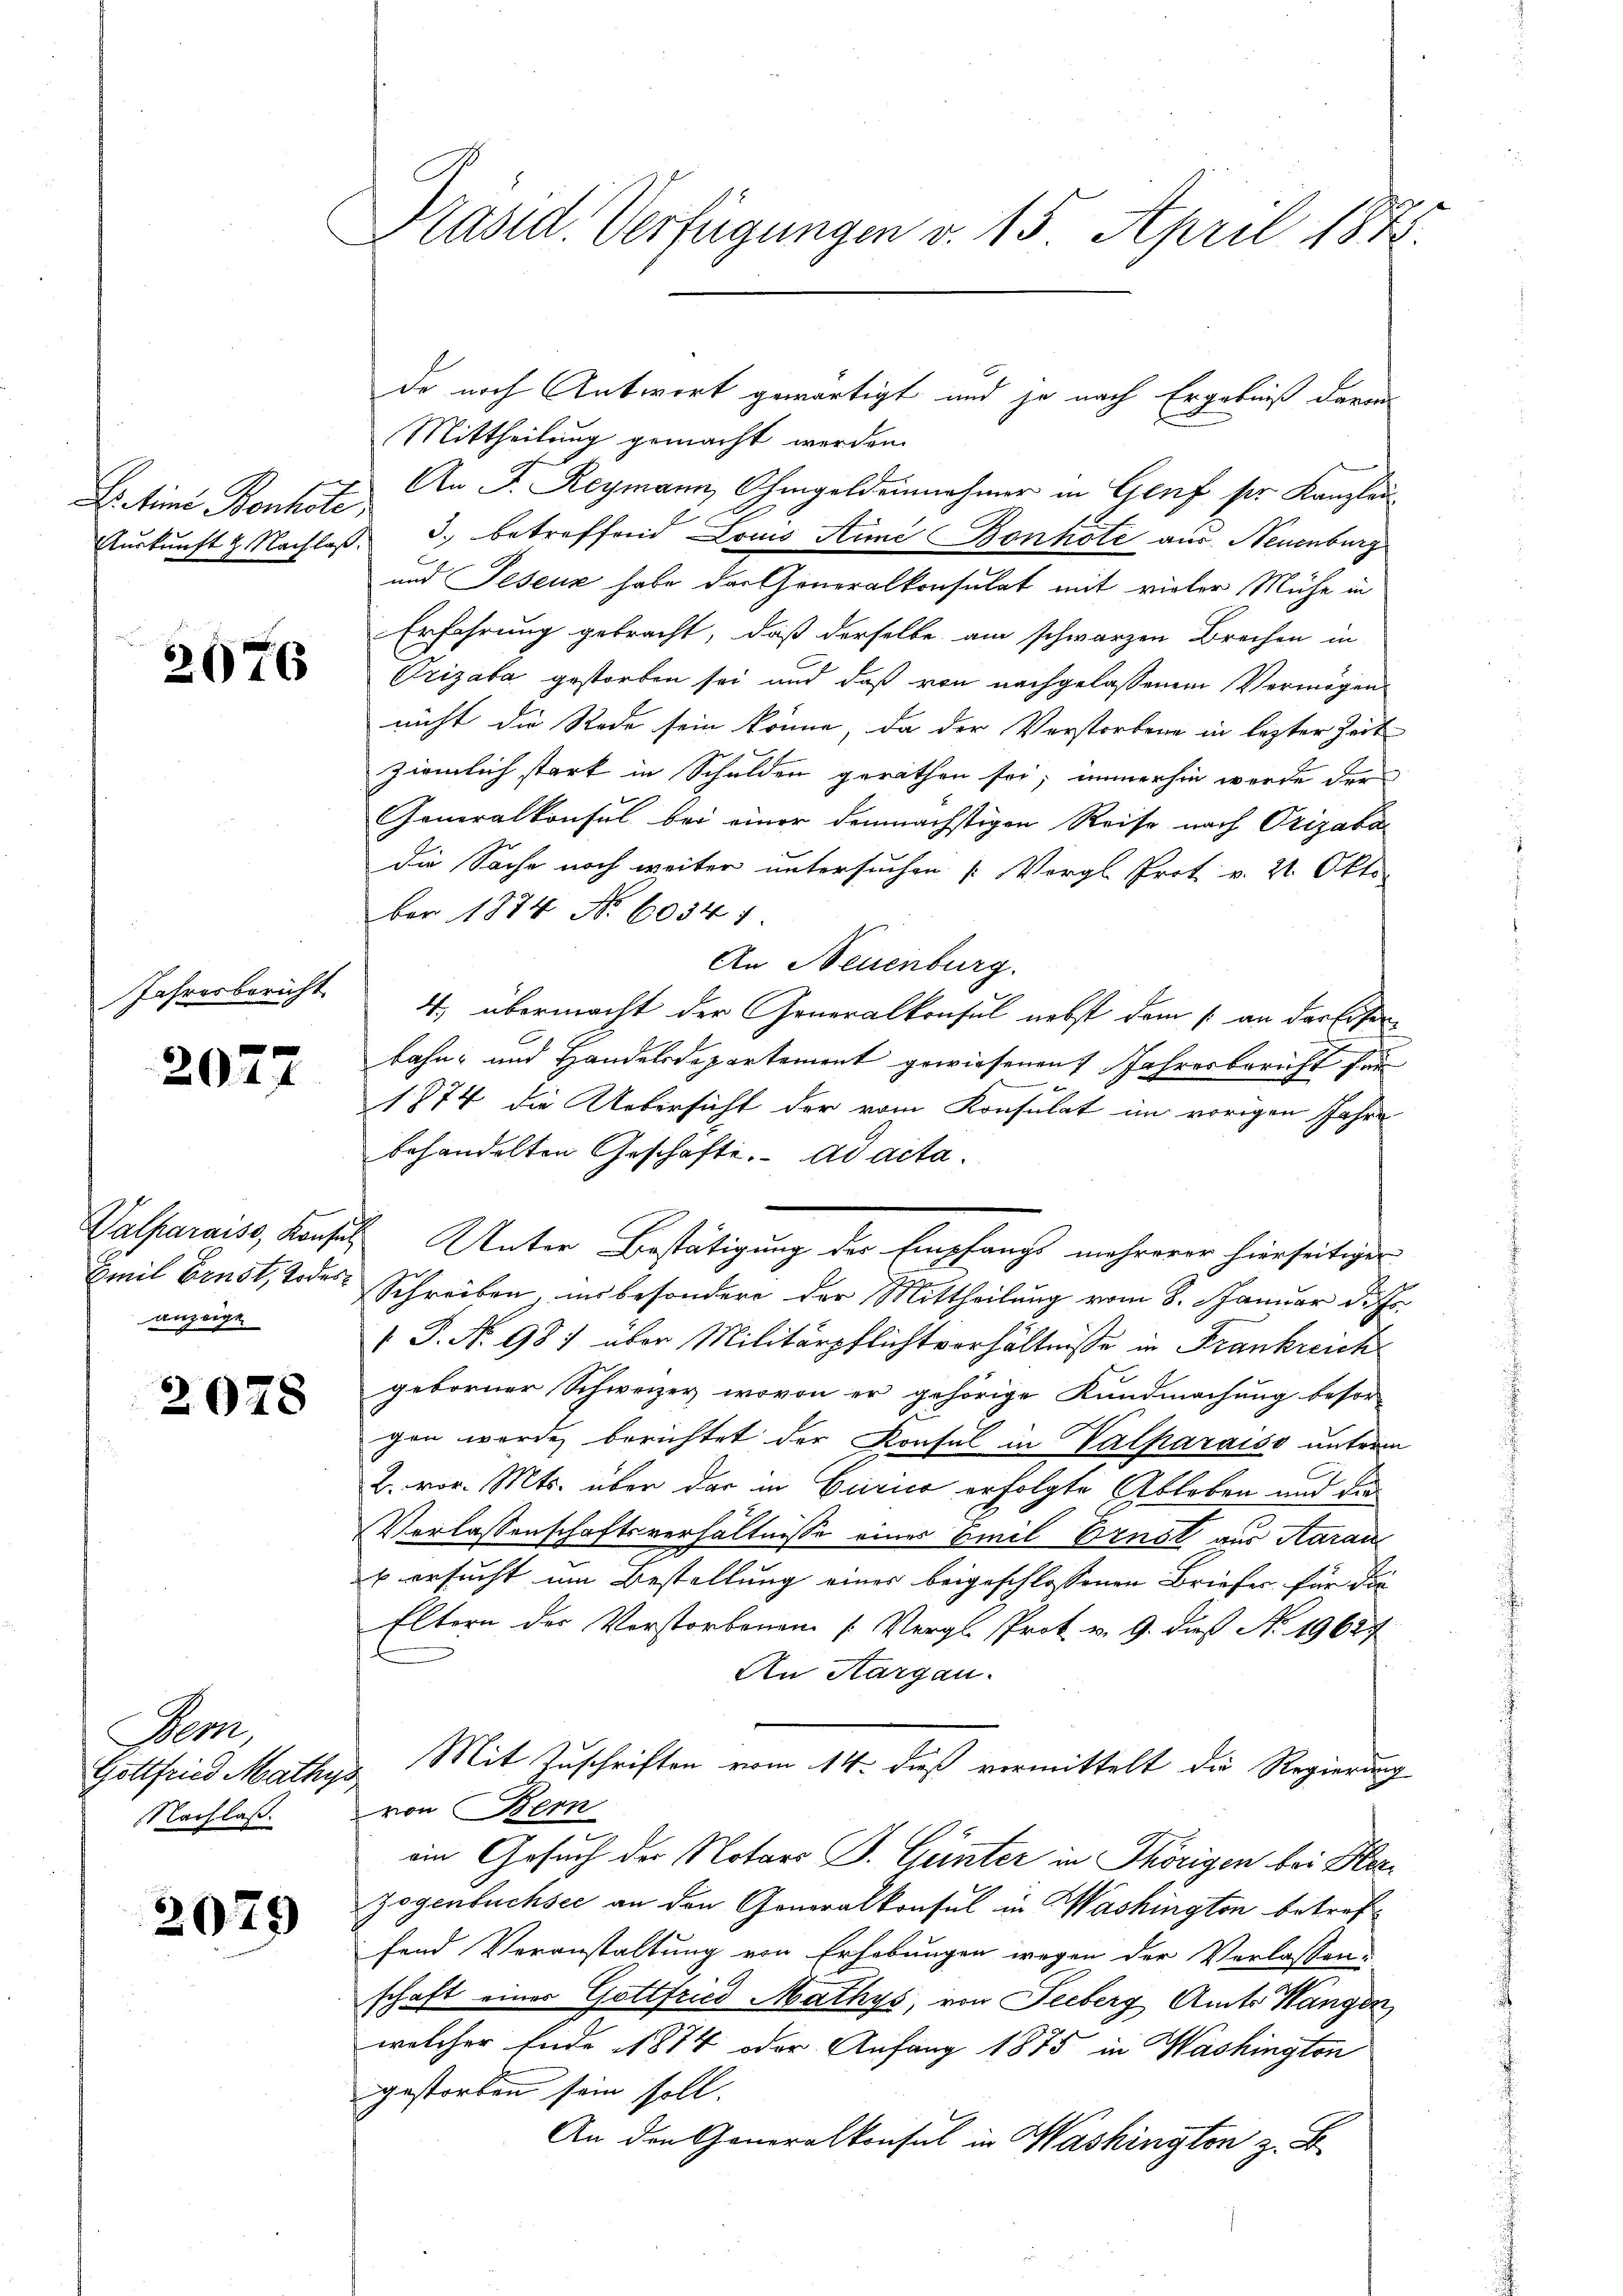
Vetini Bonhole

2076

Jahresbericht

2027

anzeige

2078

Dem
Gottfried Mathys
Nachlaß.

2079

Präsid. Verfügungen v. 15. April 1878.

Mittheilung gemacht werden.
An F. Reymann, Ohmgeldeinnahmer in Genf ser Kanzlau¬
Auskunft u. Nachlaβ. 3. betreffend Louis die Bonhote aus Neuenburg
und Peseuz habe der Generalkonsulat mit vieler Mühe in
Erfahrung gebracht, daß derselbe am schwarzen Brechen in
Prizaba gestorben sei und daß von nachgelassenem Vermögen
nicht die Rede sein könne, da der Verstorbene in lezter Zeit
ziemlich stark in Schulden gerathen sei; immerhin werde der
Generalkonsul bei einer demnächstigen Reise nach Orizaba
die Sache noch weiter untersuchen Vorgl. Prot v. 21. Okto
ber 1874 No 6034 1
An Neuenburg.
4, übermacht der Generalkonsul nebst dem 1. an der Eisen
bahn- und Handelsdepartement gewiesenen Jahresbericht für
1874 die Uebersicht der vom Konsulat im vorigen Jahre
behandelten Geschäfte. ad acta.
Valparais, Konsul Unter Bestätigung der Empfangs mehrerer hierseitiger
Emil Ernst, Todes-Schreiben, insbesondere der Mittheilung vom 8. Januar d. Js.
 P. Nr. 987 über Militärpflichtverhältnisse in Frankreich
geborner Schweizer, wovon er gehörige Kundmachung besor
gen werde berichtet der Konsul in Valparaiso unterm
2. vor. Mts. über dar in Gerico erfolgte Ableben und den
Verlassenschaftsverhältnisse eines Emil Ernst aus Aarau
s ersucht um Bestellung einer beigeschlossenen Briefer für die
Eltern der Vorstorbenen (Vergl. Prok. v. 9. dieß No. 19627
An Aargau.
Mit Zuschriften vom 14. dieß vermittelt die Regierung
von Bern
ein Gesuch der Notars P. Günter in Thörigen bei Herzogenbuchsee an den Generalkonsul in Washington betreffend Veranstaltung von Erhebungen wegen der Verlassen-
schaft einer Gottfried Mathys, von Seeberg Amts Hangen
welcher Ende 1874 oder Anfang 1875 in Washington
gestorben sein soll.
An den Generalkonsul in Washington z. B.

de noch Antwort gewärtigt und je nach Ergebniß darin